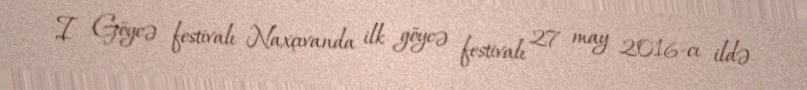
I Göycə festivalı Naxçıvanda ilk göycə festivalı 27 may 2016-cı ildə